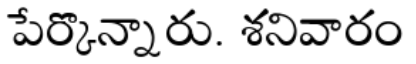
పేర్కొన్నారు. శనివారం